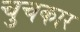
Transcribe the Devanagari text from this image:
चुचकार